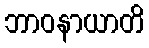
ဘာဝနာယာတိ